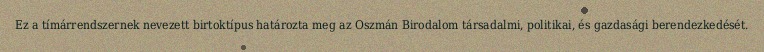
Ez a tímárrendszernek nevezett birtoktípus határozta meg az Oszmán Birodalom társadalmi, politikai, és gazdasági berendezkedését.